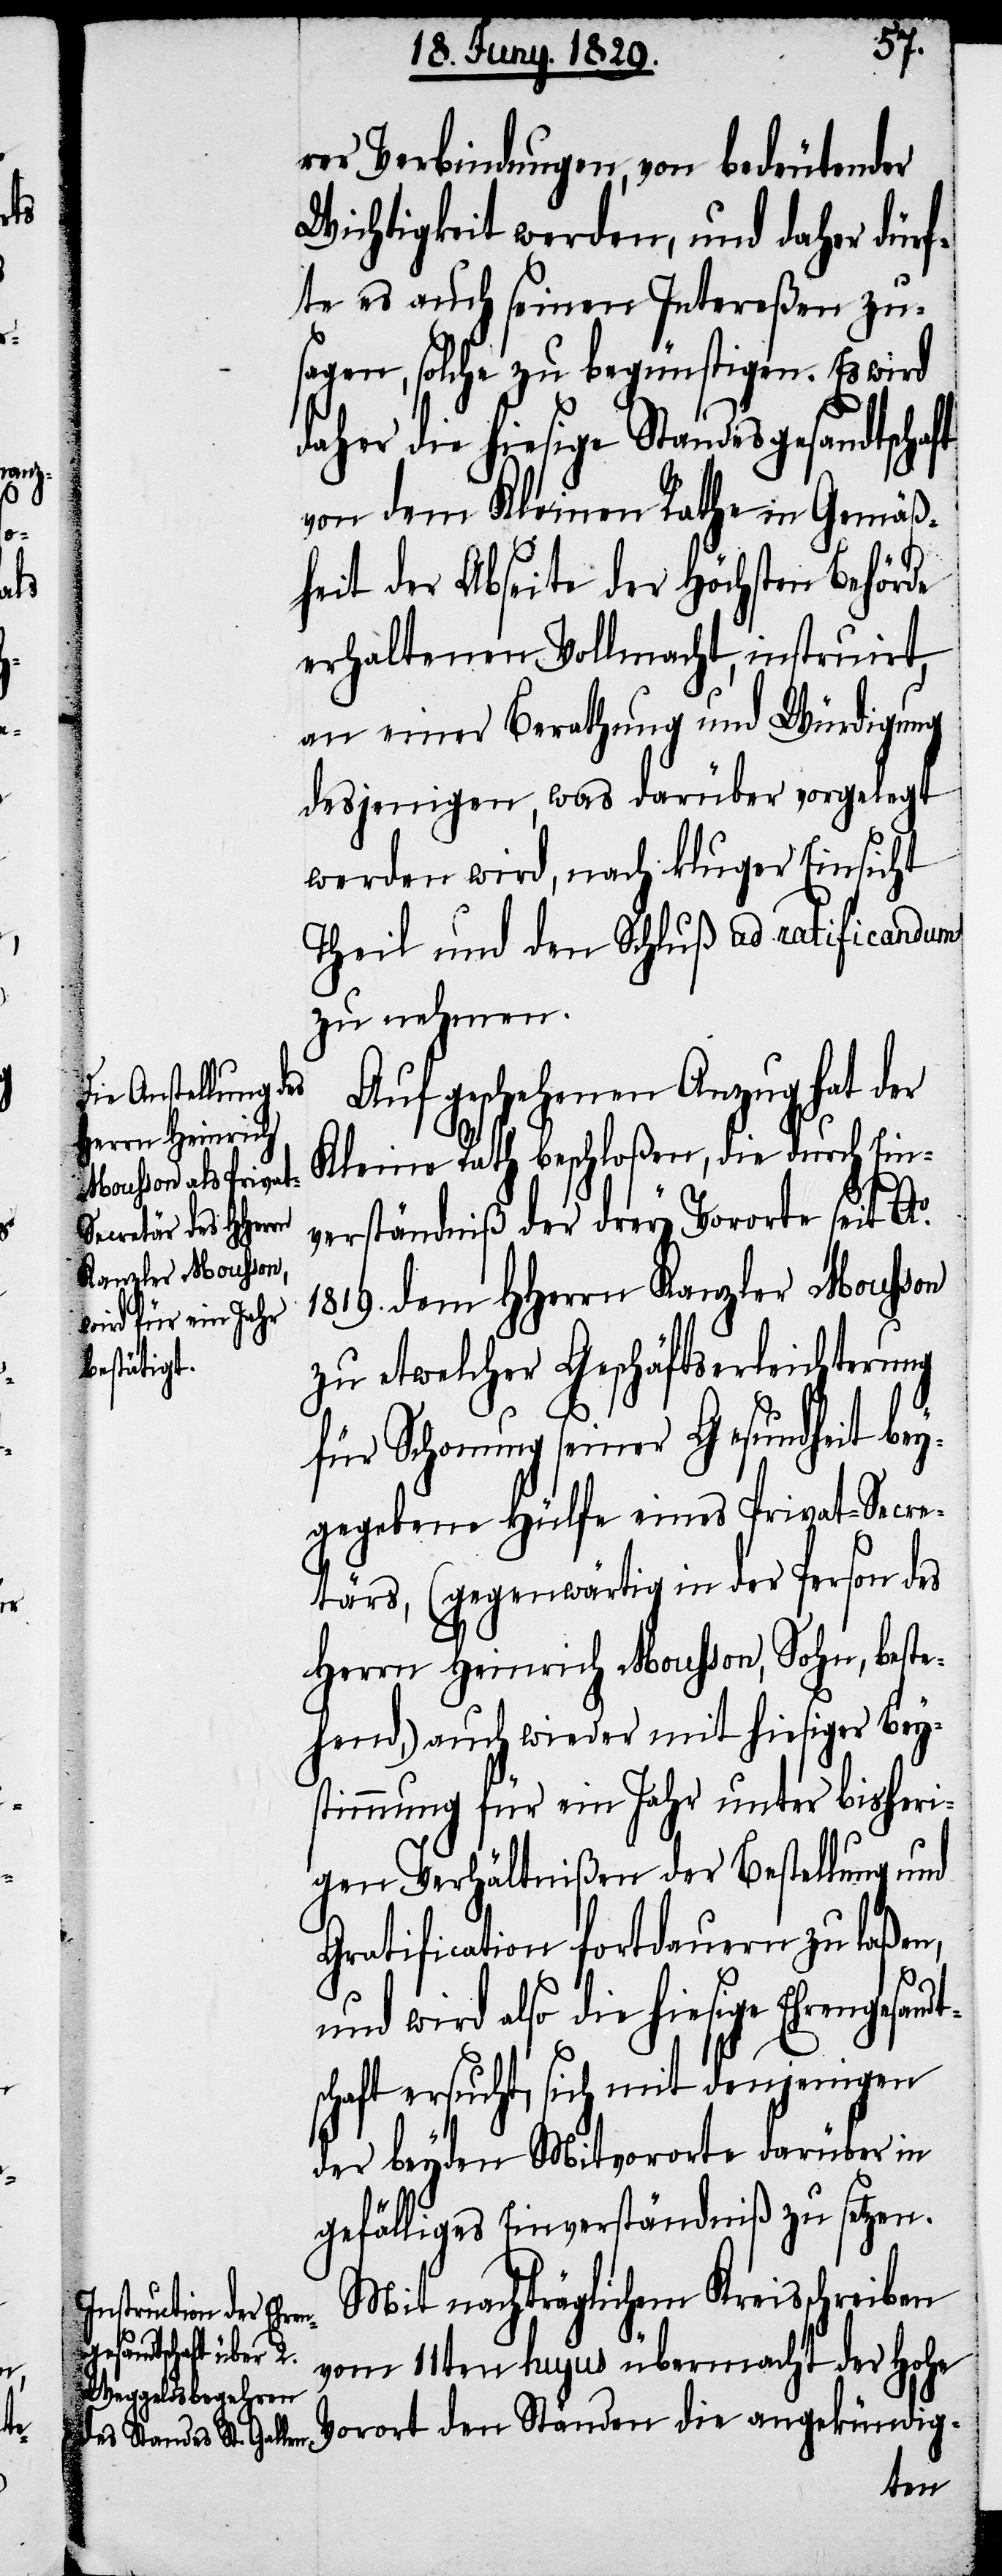
rer Verbindungen, von bedeutender
Wichtigkeit werden, und daher dürf¬
te es auch seinen Intereßen zu¬
sagen, solche zu begünstigen. Es wird
daher die hiesige Standesgesandtschaft
von dem Kleinen Rathe in Gemäß¬
heit der Abseite der Höchsten Behörde
erhaltenen Vollmacht, instruirt,
an einer Berathung und Würdigung
desjenigen, was darüber vorgelegt
werden wird, nach kluger Einsicht
Theil und den Schluß ad ratificandum
zu nehmen.
Auf geschehenden Anzug hat der
Kleine Rath beschloßen, die durch Ein¬
verständniß der drey Vororte seit Ao.
1819. dem HHerrn Kanzler Mousson
zu etwelcher Geschäftserleichterung
für Schonung seiner Gesundheit bey¬
gegebene Hülfe eines Privat-Secre¬
tärs, (gegenwärtig in der Person des
Herrn Heinrich Mousson, Sohn, beste¬
hend,) auch wieder mit hiesiger Bey¬
stimmung für ein Jahr unter bisheri¬
gen Verhältnißen der Bestellung und
Gratification fortdauern zu laßen,
und wird also die hiesige Ehrengesandt¬
schaft ersucht, sich mit denjenigen
der beyden Mitvororte darüber in
gefälliges Einverständniß zu setzen.
Mit nachträglichem Kreisschreiben
vom 11ten hujus übermacht der Hohe
Vorort den Ständen die angekündig-